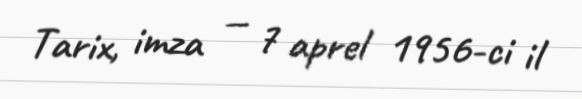
Tarix, imza — 7 aprel 1956-ci il